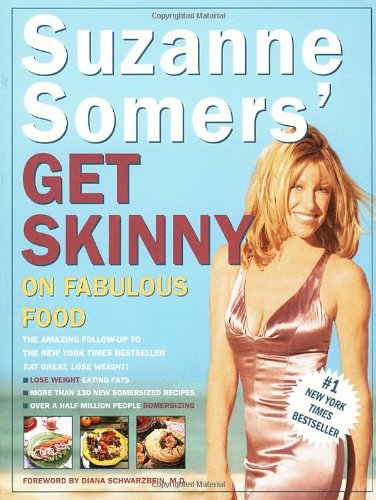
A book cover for Suzanne Somers' Get Skinny on Fabulous Food; Suzanne Somers; Health, Fitness & Dieting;